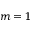
m = 1